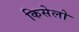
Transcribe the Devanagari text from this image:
किसेलो